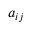
a _ { i j }